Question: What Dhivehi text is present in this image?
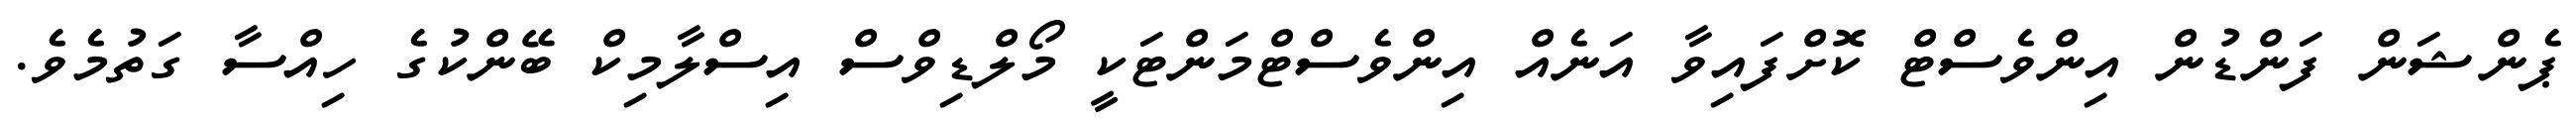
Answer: ޕެންޝަން ފަންޑުން އިންވެސްޓް ކޮށްފައިވާ އަނެއް އިންވެސްޓްމަންޓަކީ މޯލްޑިވްސް އިސްލާމިކް ބޭންކުގެ ހިއްސާ ގަތުމެވެ.